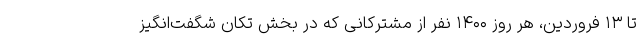
تا ۱۳ فروردین، هر روز ۱۴۰۰ نفر از مشترکانی که در بخش تکان شگفت‌انگیز